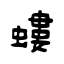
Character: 螻